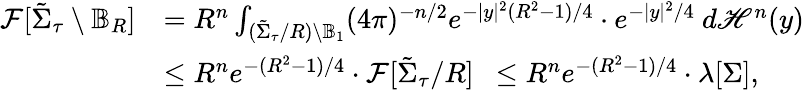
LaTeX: \begin{array}{rl}{\mathcal{F}[\tilde{\Sigma}_{\tau}\setminus\mathbb{B}_{R}]}&{=R^{n}\int_{(\tilde{\Sigma}_{\tau}/R)\setminus\mathbb{B}_{1}}(4\pi)^{-n/2}e^{-|y|^{2}(R^{2}-1)/4}\cdot e^{-|y|^{2}/4}\ d\mathscr{H}^{n}(y)}\\ &{\leq R^{n}e^{-(R^{2}-1)/4}\cdot\mathcal{F}[\tilde{\Sigma}_{\tau}/R]\ \ \leq R^{n}e^{-(R^{2}-1)/4}\cdot\lambda[\Sigma],}\end{array}